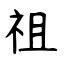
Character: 祖